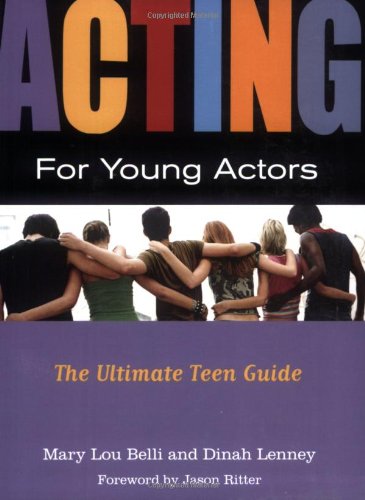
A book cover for Acting for Young Actors: The Ultimate Teen Guide; Mary Lou Belli; Teen & Young Adult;